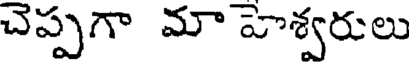
చెప్పగా మా హెశ్వరులు